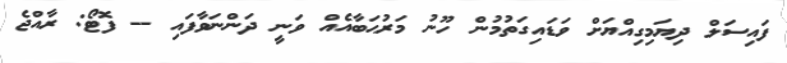
ފައިސަލް ދިޔަމިގިއްޔަށް ވަޑައިގަތުމުން ހޫނު މަރުޙަބާއެއް ވަނީ ދަންނަވާފައި -- ފޮޓޯ: ރާއްޖެ